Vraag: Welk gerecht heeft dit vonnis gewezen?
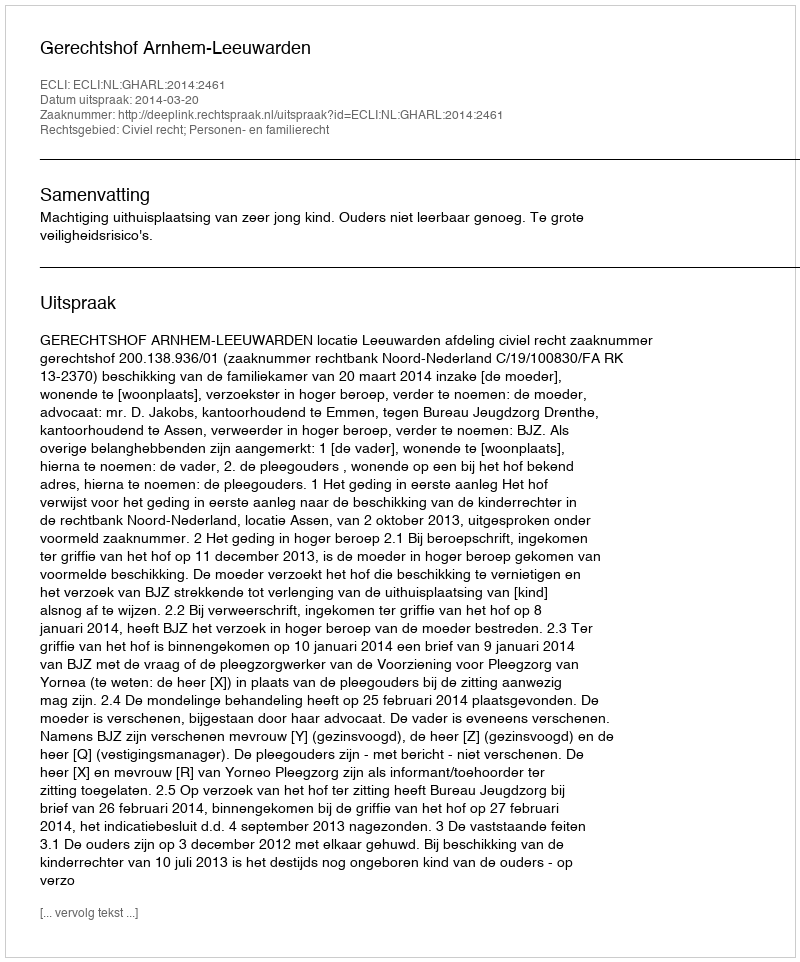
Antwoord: Gerechtshof Arnhem-Leeuwarden